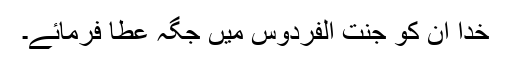
خدا ان کو جنت الفردوس میں جگہ عطا فرمائے۔